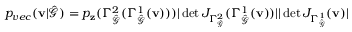
p _ { v e c } ( \mathbf { v } | \hat { \mathcal { G } } ) = p _ { \mathbf { z } } ( \Gamma _ { \hat { \mathcal { G } } } ^ { 2 } ( \Gamma _ { \hat { \mathcal { G } } } ^ { 1 } ( \mathbf { v } ) ) ) | \operatorname* { d e t } J _ { \Gamma _ { \hat { \mathcal { G } } } ^ { 2 } } ( \Gamma _ { \hat { \mathcal { G } } } ^ { 1 } ( \mathbf { v } ) ) | | \operatorname* { d e t } J _ { \Gamma _ { \hat { \mathcal { G } } } ^ { 1 } } ( \mathbf { v } ) |